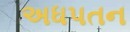
અધપતન